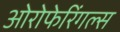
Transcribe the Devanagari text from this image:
ओरोफेरिंगल्स